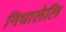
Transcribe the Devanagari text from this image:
निघालेलि